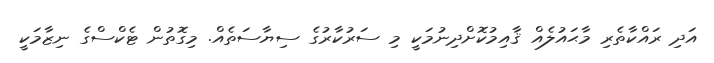
އަދި ރައްކާތެރި މާޙައުލެއް ޤާއިމުކޮށްދިނުމަކީ މި ސަރުކާރުގެ ސިޔާސަތެއް. މިގޮތުން ޓެކްސްގެ ނިޒާމަކީ